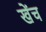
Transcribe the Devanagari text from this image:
खेंच